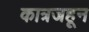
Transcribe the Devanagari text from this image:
कात्रजहून